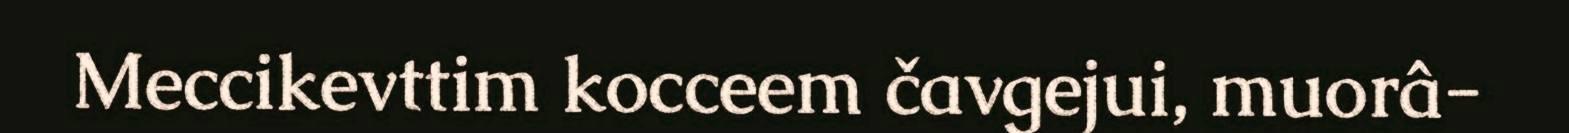
Meccikevttim kocceem čavgejui, muorâ-